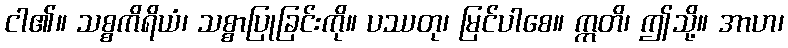
ငါ၏။ သစ္စကိရိယံ၊ သစ္စာပြုခြင်းကို။ ပဿတု၊ မြင်ပါစေ။ ဣတိ၊ ဤသို့။ အာဟ၊